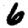
Digit: 6